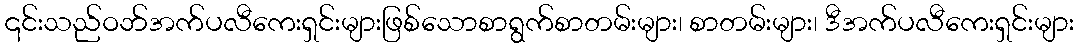
၎င်းသည်ဝဘ်အက်ပလီကေးရှင်းများဖြစ်သောစာရွက်စာတမ်းများ၊ စာတမ်းများ၊ ဒီအက်ပလီကေးရှင်းများ